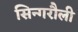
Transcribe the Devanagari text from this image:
सिन्गरौली